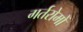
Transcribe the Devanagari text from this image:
गर्तरोमों